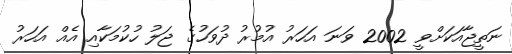
ނަތީޖާއަކަށްވީ 2002 ވަނަ އަހަރު އުމުރު ދުވަހުގެ ޖަލު ހުކުމަކާއި އެއް އަހަރު